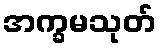
အက္ခမသုတ်